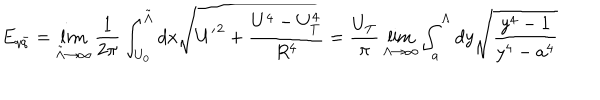
E _ { q \bar { q } } = \lim _ { { \tilde { \Lambda } } \rightarrow \infty } \frac { 1 } { 2 \pi } \int _ { U _ { 0 } } ^ { { \tilde { \Lambda } } } d x \sqrt { { U ^ { \prime } } ^ { 2 } + \frac { U ^ { 4 } - U _ { T } ^ { 4 } } { R ^ { 4 } } } = \frac { U _ { T } } { \pi } \lim _ { \Lambda \rightarrow \infty } \int _ { a } ^ { \Lambda } d y \sqrt { \frac { y ^ { 4 } - 1 } { y ^ { 4 } - a ^ { 4 } } }